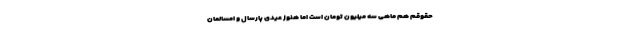
حقوقم هم ماهی سه میلیون تومان است اما هنوز عیدی پارسال و امسالمان